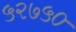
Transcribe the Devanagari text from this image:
५२७५०